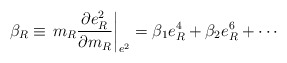
\begin{align*}\beta_R \equiv \left. m_R \frac{\partial e_R^2}{\partial m_R}\right|_{e^2} =\beta_1 e_R^4 + \beta_2 e_R^6 + \cdots\end{align*}